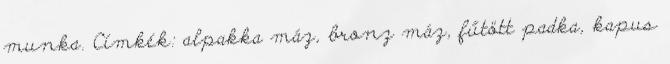
munka. Címkék: alpakka máz, bronz máz, fűtött padka, kapus